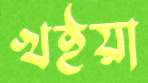
খইয়া